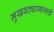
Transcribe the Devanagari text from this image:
मुखवट्यामागचे